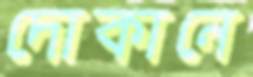
দোকানে